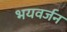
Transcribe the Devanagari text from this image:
भयवर्जन